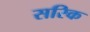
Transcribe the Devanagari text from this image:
सरिक